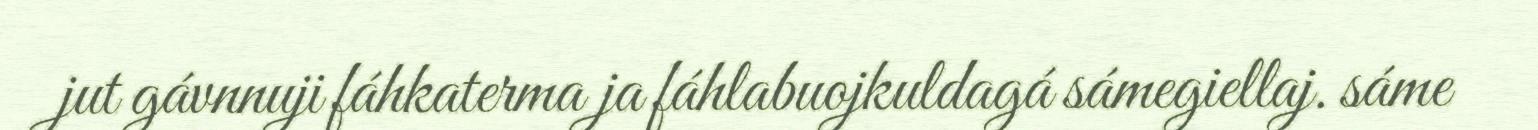
jut gávnnuji fáhkaterma ja fáhlabuojkuldagá sámegiellaj. sáme